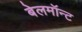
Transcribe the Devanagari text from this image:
बेलमॉन्ट